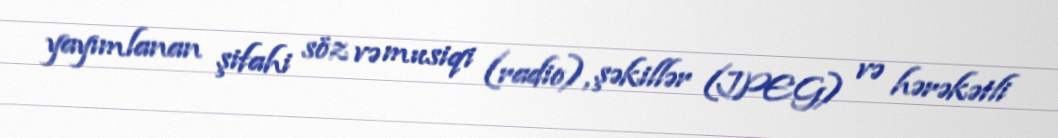
yayımlanan şifahi söz və musiqi (radio), şəkillər (JPEG) və hərəkətli